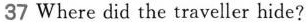
37 Where did the traveller hide?